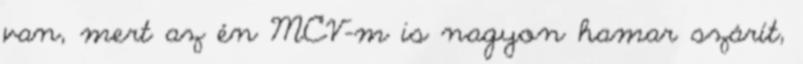
van, mert az én MCV-m is nagyon hamar szárít,